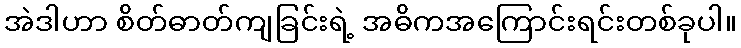
အဲဒါဟာ စိတ်ဓာတ်ကျခြင်းရဲ့ အဓိကအကြောင်းရင်းတစ်ခုပါ။